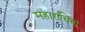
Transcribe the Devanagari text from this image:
महाराचिया